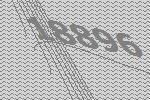
18896